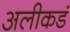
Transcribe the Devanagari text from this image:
अलीकडं